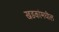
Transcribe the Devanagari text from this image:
खडकांमधील